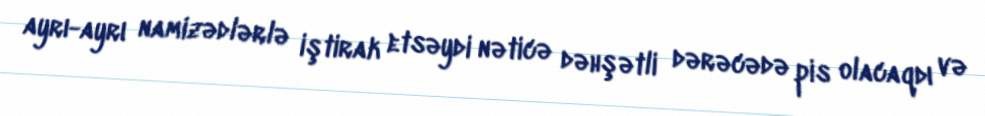
ayrı-ayrı namizədlərlə iştirak etsəydi nəticə dəhşətli dərəcədə pis olacaqdı və